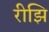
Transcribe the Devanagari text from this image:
रीझि